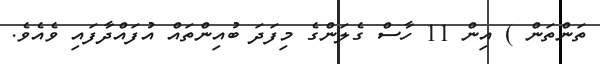
ތަންތަން ) އިން 11 ހާސް ގެލަންގެ މިފަދަ ބުއިންތައް އުފައްދާފައި ވެއެވެ.